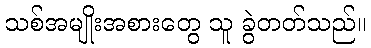
သစ်အမျိုးအစားတွေ သူ ခွဲတတ်သည်။